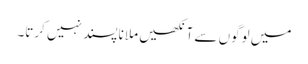
میں لوگوں سے آنکھیں ملانا پسند نہیں کرتا۔